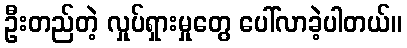
ဦးတည်တဲ့ လှုပ်ရှားမှုတွေ ပေါ်လာခဲ့ပါတယ်။